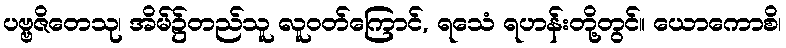
ပဗ္ဗဇိတေသု၊ အိမ်၌တည်သူ လူဝတ်ကြောင်, ရသေံ ရဟန်းတို့တွင်။ ယောကောစိ၊